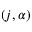
( j , \alpha )